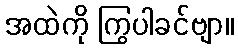
အထဲကို ကြွပါခင်ဗျာ။